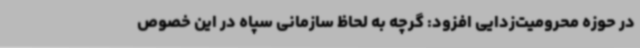
در حوزه محرومیت‌زدایی افزود: گرچه به لحاظ سازمانی سپاه در این خصوص